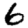
Digit: 6